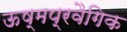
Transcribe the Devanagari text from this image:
ऊष्मप्रवैगिक